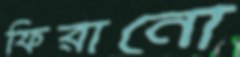
ফিরানো